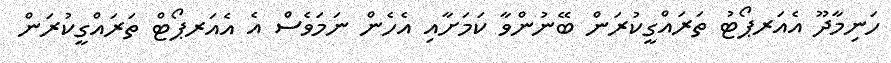
ހަނިމާދޫ އެއަރޕޯޓު ތަރައްގީކުރަން ބޭނުންވާ ކަމަށާއި އެހެން ނަމަވެސް އެ އެއަރޕޯޓް ތަރައްގީކުރަން